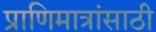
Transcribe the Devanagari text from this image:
प्राणिमात्रांसाठी